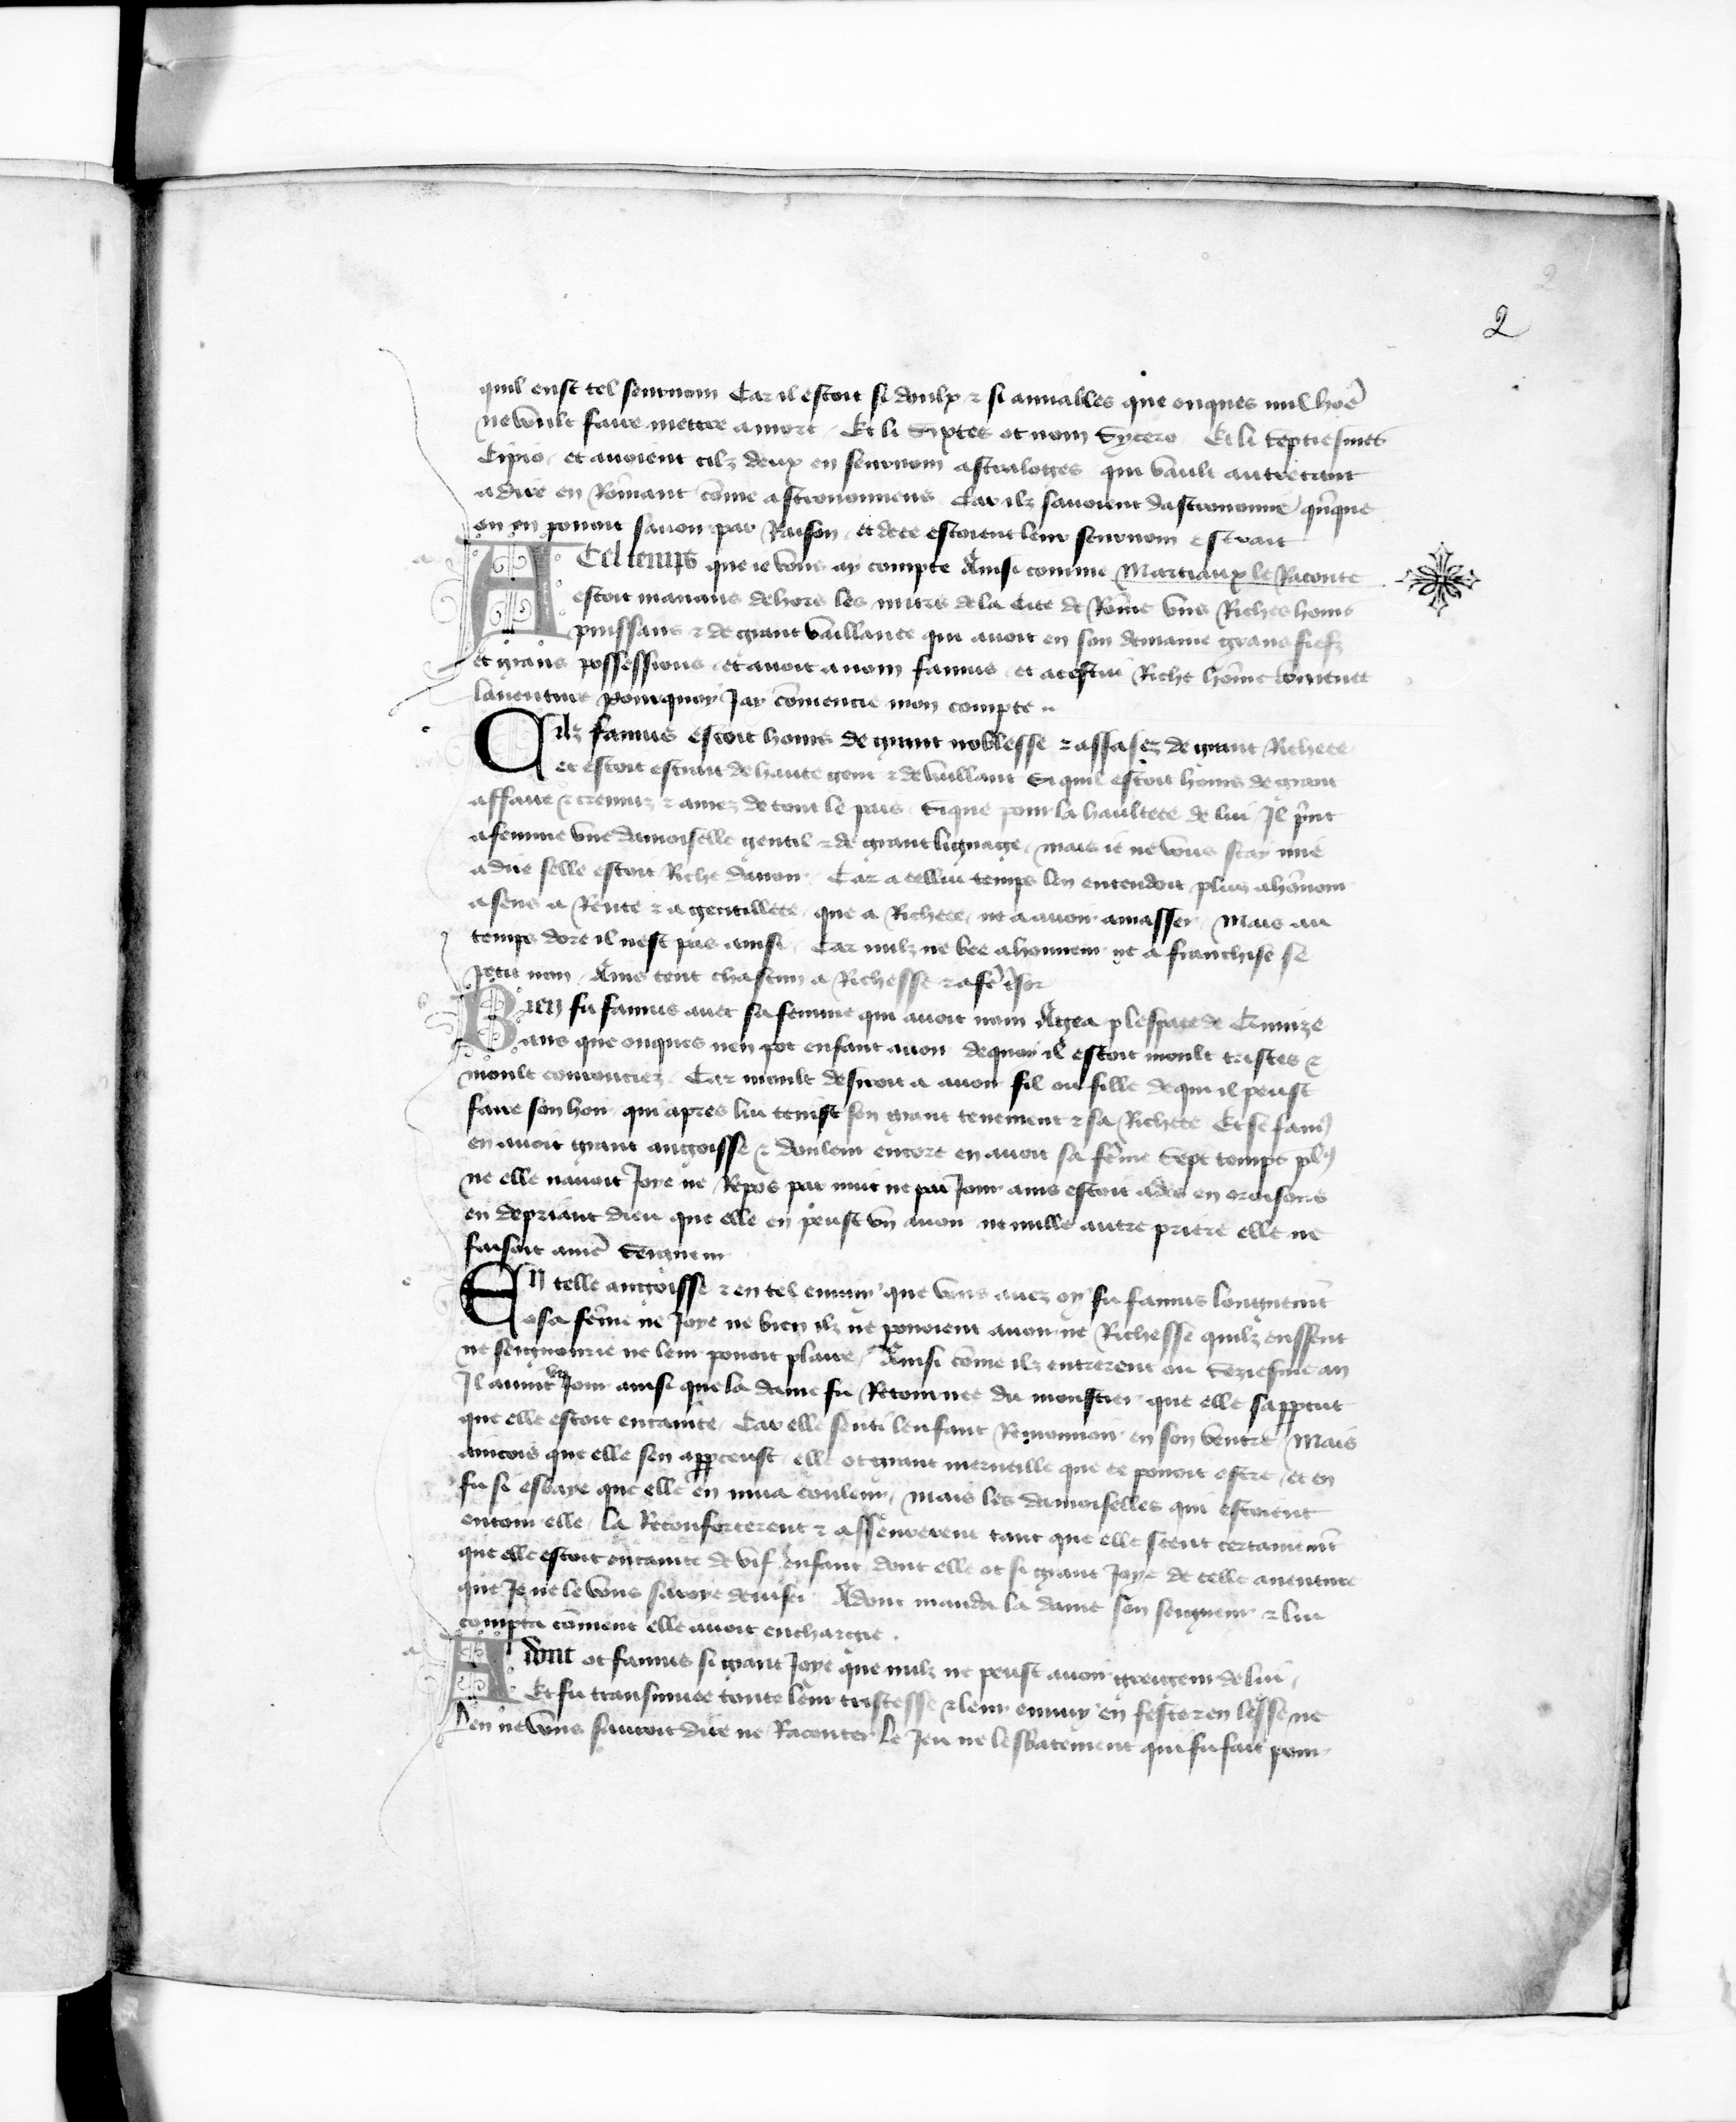
Shelfmark: Paris, BnF, fr. 777
Century: 15